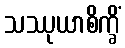
သဿုယာစိက္ခိံ